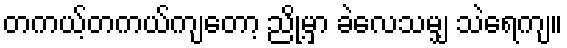
တကယ့်တကယ်ကျတော့ ညို့မှာ ခဲလေသမျှ သဲရေကျ။